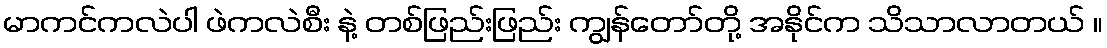
မာကင်ကလဲပါ ဖဲကလဲစီး နဲ့ တစ်ဖြည်းဖြည်း ကျွန်တော်တို့ အနိုင်က သိသာလာတယ် ။